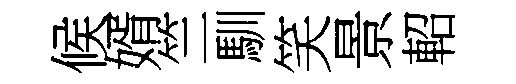
候婿竺馴笑景軺